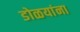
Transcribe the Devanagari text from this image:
डोळयांना